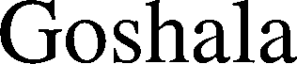
Goshala